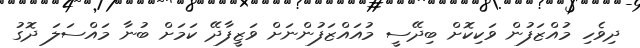
ދިވެހި މުައްޒަފުން ވަކިކޮށް ބިދޭސީ މުއައްޒަފުންނަށް ވަޒީފާދޭ ކަމަށް ބުނާ މައްސަލަ ދޮގު